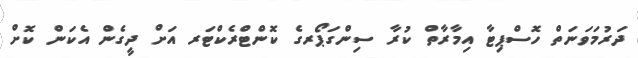
ދަރުމަވަނަތް ހޮސްޕިޓާ އިމާރާތް ކުރާ ސިންގަޕޯރގެ ކޮންޓްރެކްޓަރ އަށް ދީގެން އެކަން ކޮށް